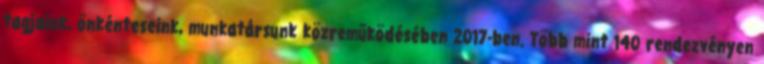
tagjaink, önkénteseink, munkatársunk közreműködésében 2017-ben. Több mint 140 rendezvényen